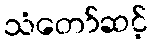
သံတော်ဆင့်